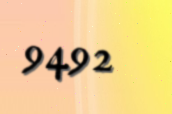
9492